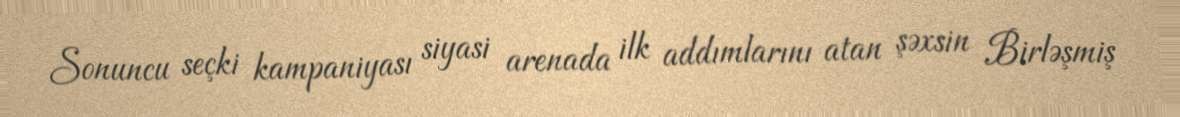
Sonuncu seçki kampaniyası siyasi arenada ilk addımlarını atan şəxsin Birləşmiş